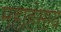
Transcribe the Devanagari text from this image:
महाहंसाय